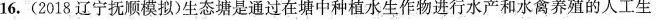
16.(2018辽宁抚顺模拟)生态塘是通过在塘中种植水生作物进行水产和水禽养殖的人工生